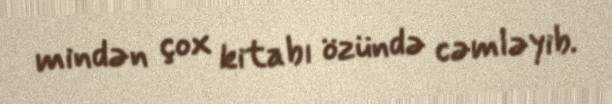
mindən çox kitabı özündə cəmləyib.